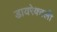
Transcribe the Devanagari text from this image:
डायरेक्टली